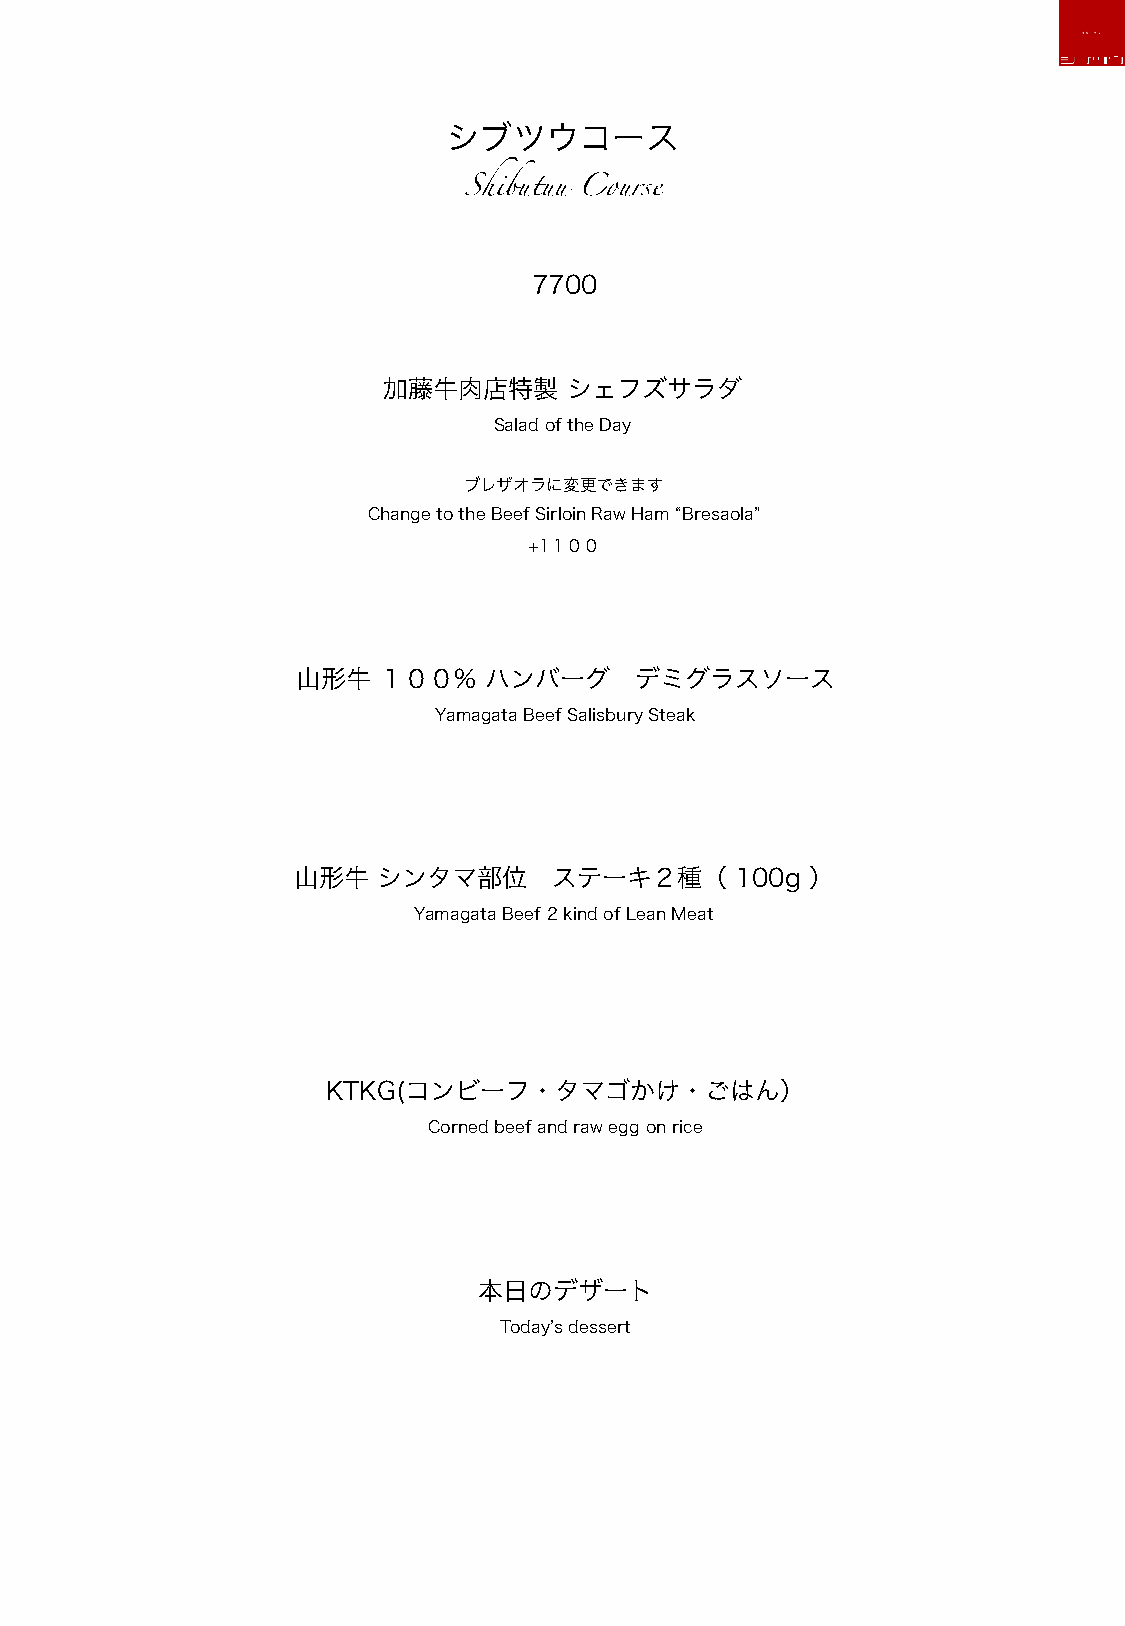
シブツウコース
 Shibutuu Course
 7700
 加藤牛肉店特製      シェフズサラダ
 Salad of the Day
 ブレザオラに変更できます
 Change to the Beef Sirloin Raw Ham“Bresaola”
 +1１００
 山形牛  １００%   ハンバーグ     デミグラスソース
 Yamagata Beef Salisbury Steak
 山形牛   シンタマ部位      ステーキ２種（     100g ）
 Yamagata Beef 2 kind of Lean Meat
 KTKG(コンビーフ・タマゴかけ・ごはん）
 Corned beef and raw egg on rice
 本日のデザート
 Todayʼs dessert